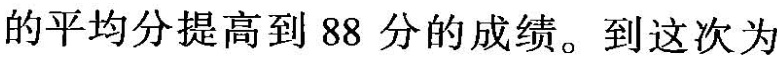
的平均分提高到88分的成绩。到这次为